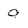
Character: 9